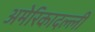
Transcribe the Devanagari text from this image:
अमेरिकादल्ली